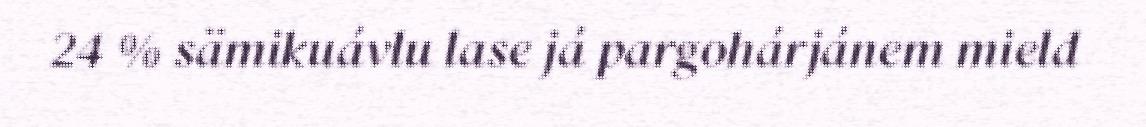
24 % sämikuávlu lase já pargohárjánem mield